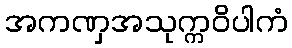
အကဏှအသုက္ကဝိပါကံ